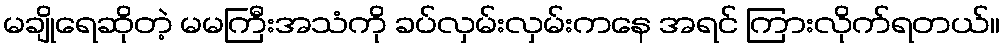
မချိုရေဆိုတဲ့ မမကြီးအသံကို ခပ်လှမ်းလှမ်းကနေ အရင် ကြားလိုက်ရတယ်။